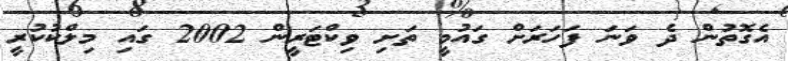
އެގޮތުން ދެ ވަނަ ފަހަރަށް ގައުމީ ތަށި ވިކްޓަރީން 2002 ގައި މިލްކުކުރީ